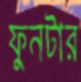
ফুনটার